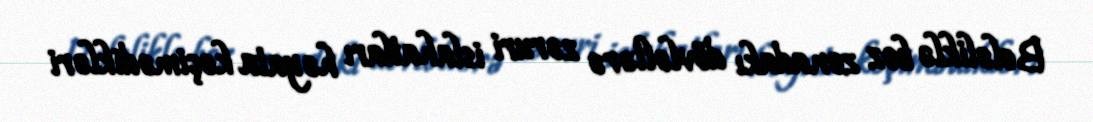
Beləliklə boz zonadakı dövləltərə zəruri islahatları həyata keçimədikləri